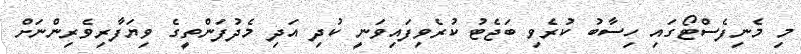
މި މެނިފެސްޓޯގައި ހިސާބު ކުރެވި ބަޖެޓު ކުރެވިފައިވަނީ ކުދި އަދި މެދުފަންތީގެ ވިޔަފާރިވެރިންނަށް